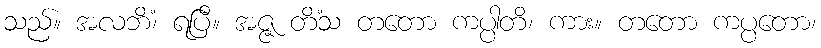
သည်။ အလဘိံ၊ ရပြီ။ အဇ္ဇ တိံသ တတော ကပ္ပါတိ၊ ကား။ တတော ကပ္ပတော၊